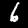
Label: 6